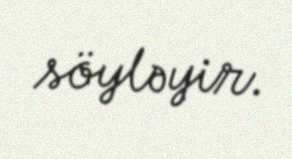
söyləyir.